Indian journal of veterinary science and animal husbandry - Volume 2,
Year: 1932
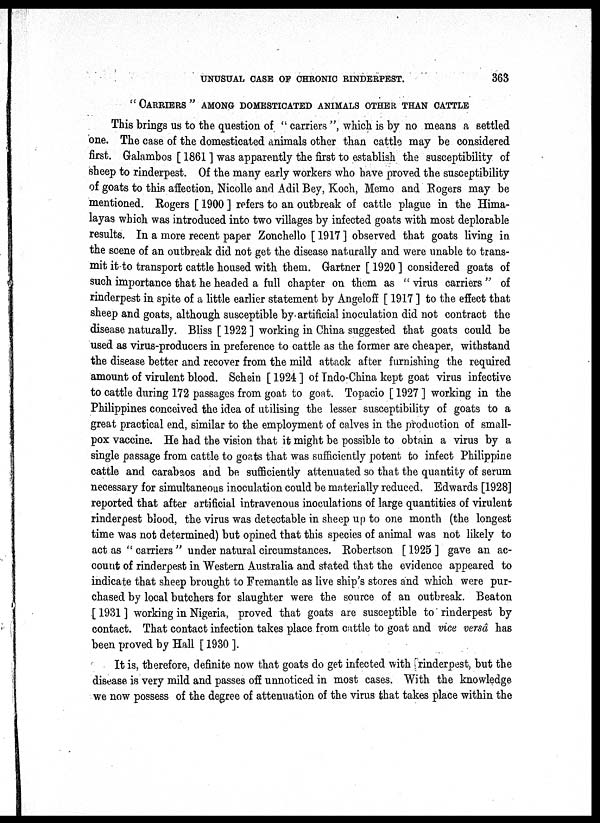
UNUSUAL CASE OF CHRONIC RINDERPEST.
363
" CARRIERS" AMONG DOMESTICATED ANIMALS OTHER THAN CATTLE
This brings us to the question of " carriers ", which is by no means a settled
one. The case of the domesticated animals other than cattle may be considered
first. Galambos [ 1861 ] was apparently the first to establish the susceptibility of
sheep to rinderpest. Of the many early workers who have proved the susceptibility
of goats to this affection, Nicolle and Adil Bey, Koch, Memo and Rogers may be
mentioned. Rogers [ 1900 ] refers to an outbreak of cattle plague in the Hima-
layas which was introduced into two villages by infected goats with most deplorable
results. In a more recent paper Zonchello [ 1917 ] observed that goats living in
the scene of an outbreak did not get the disease naturally and were unable to trans-
mit it to transport cattle housed with them. Gartner [ 1920 ] considered goats of
such importance that he headed a full chapter on them as " virus carriers " of
rinderpest in spite of a little earlier statement by Angeloff [ 1917 ] to the effect that
sheep and goats, although susceptible by artificial inoculation did not contract the
disease naturally. Bliss [ 1922 ] working in China suggested that goats could be
used as virus-producers in preference to cattle as the former are cheaper, withstand
the disease better and recover from the mild attack after furnishing the required
amount of virulent blood. Schein [ 1924 ] of Indo-China kept goat virus infective
to cattle during 172 passages from goat to goat. Topacio [ 1927 ] working in the
Philippines conceived the idea of utilising the lesser susceptibility of goats to a
great practical end, similar to the employment of calves in the production of small-
pox vaccine. He had the vision that it might be possible to obtain a virus by a
single passage from cattle to goats that was sufficiently potent to infect Philippine
cattle and carabaos and be sufficiently attenuated so that the quantity of serum
necessary for simultaneous inoculation could be materially reduced. Edwards [1928]
reported that after artificial intravenous inoculations of large quantities of virulent
rinderpest blood, the virus was detectable in sheep up to one month (the longest
time was not determined) but opined that this species of animal was not likely to
act as " carriers " under natural circumstances. Robertson [ 1925 ] gave an ac-
count of rinderpest in Western Australia and stated that the evidence appeared to
indicate that sheep brought to Fremantle as live ship's stores and which were pur-
chased by local butchers for slaughter were the source of an outbreak. Beaton
[ 1931 ] working in Nigeria, proved that goats are susceptible to rinderpest by
contact. That contact infection takes place from cattle to goat and vice versâ has
been proved by Hall [ 1930 ].
It is, therefore, definite now that goats do get infected with rinderpest, but the
disease is very mild and passes off unnoticed in most cases. With the knowledge
we now possess of the degree of attenuation of the virus that takes place within the